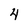
Character: 4